Annual statistical returns and brief notes on vaccination in Bengal - 1887-1898
Year: 1887
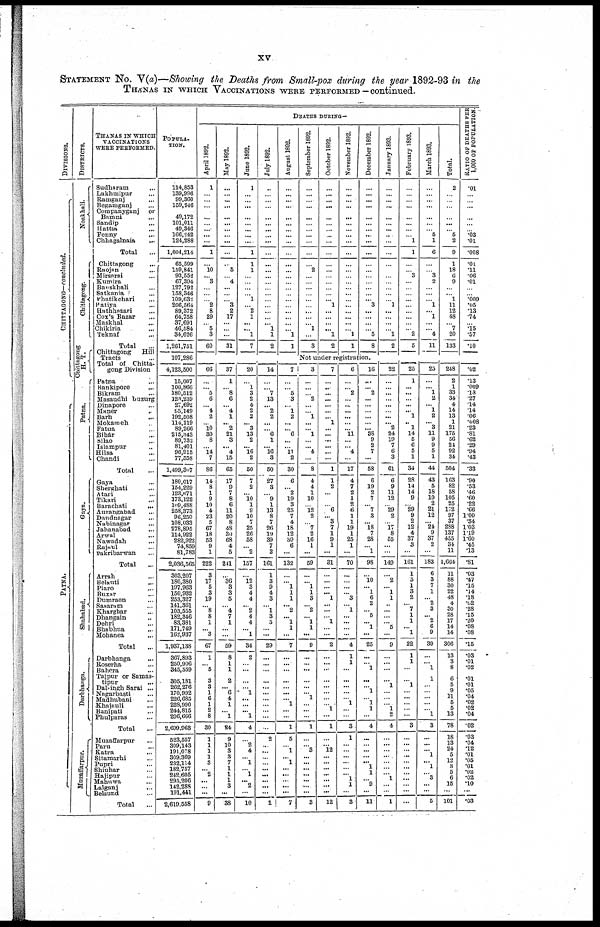
xv
STATEMENT No. V(a)—Showing the Deaths from Small-pox during the year 1892-93 in the
THANAS IN WHICH VACCINATIONS WERE PERFORMED—continued.
DIVISIONS.
CHITTAGONG—concluded.
PATNA.
DISTRICTS.
Noakhali.
Chittagong.
Chittagong
H. T.
Patna.
Gaya.
Shahabad.
Darbhanga.
Muzaffarpur.
THANAS IN WHICH
VACCINATIONS
WERE PERFORMED.
Sudharam ...
Lakhmipur ...
Ramganj ...
Begamganj ...
Companyganj
or
Bamni ...
Sandip ...
Hattia ...
Fenny
...
Chhagalnaia
...
Total
...
Chittagong
...
Raojan ...
Mirsarai ...
Kumira ...
Banskhali ...
Satkania ...
Phatikchari ...
Patiya
...
Hathhazari
...
Cox's Bazar
...
Maskhal ...
Chikiria ...
Teknaf ...
Total ...
Chittagong
Hill
Tracts ...
Total of Chitta-
gong Division
Patna ...
Bankipore ...
Bikram ...
Masaudhi buzurg
Dinapore ...
Maner ...
Barh ...
Mokameh ...
Fatua ...
Bihar ...
Silao ...
Islampur ...
Hilsa
...
Chandi ...
Total ...
Gaya ...
Sherghati ...
Atari ...
Tikari ...
Barachati
...
Aurangabad ...
Dandnagar ...
Nabinagar ...
Jahanabad
...
Arwal ...
Nawadah ...
Rajaul ...
Pakribarwan ...
Total
...
Arrah ...
Belauti ...
Piaro
...
Buxar ...
Dumraon ...
Sasaram ...
Kharghar ...
Dhangain ...
Dehri ...
Bhabhua ...
Mohanea ...
Total ...
Darbhanga
...
Roserha ...
Bahera ...
Taipur or Samas¬
tipur ...
Dalsingh Sarai ...
Nngarbasti ...
Madhubani ...
Khajauli ...
Banipati ...
Phulparas ...
Total ...
Muzaffarpur
...
Paru ...
Katra
...
Sitamarhi ...
Pupri ...
Shiuhar ...
Hajipur ...
Mahuwa ...
Lalganj ...
Belsund ...
Total ...
POPULA¬
TION.
114,853
139,996
99,360
159,946
49,172
101,011
49,346
166,242
124,288
1,004,214
65,599
159,841
93,552
67,394
127,792
158,346
109,632
206,564
89,372
64,758
37,691
46,584
34,626
1,261,751
107,280
4,123,500
15,007
100,866
180,512
123,239
27,692
65,149
192,508
114,119
89,266
215,343
89,732
81,401
96,915
77,558
1,499,307
180,017
154,229
123,671
173,122
109,488
258,373
96,250
108,033
278,895
114,922
282,923
74,859
81,783
2,036,565
303,207
186,380
197,963
150,932
253,327
141,361
103,555
182,346
83,381
171,749
162,937
1,937,138
307,893
250,906
345,559
305,181
262,276
170,992
226,685
228,990
244,815
296,666
2,699,963
523,557
309,143
191,078
309,369
232,114
182,757
242,605
295,206
142,288
191,441
2,619,558
DEATHS DURING—
April 1892.
1
...
...
...
...
...
...
...
...
1
...
10
... 3
...
...
...
2
8
29
...
5
3
60
66
...
... 5
6
... 4
2
... 10
30
8
... 14
7
86
14
8
1
9
10
4
23
5
67
18
53
9
1
222
3
17
5
3
19
... 8
8
1
... 3
67
1
... 5
3
3
1
6
1
2
8
30
1
1
1
1
3
... 2
...
...
...
9
May 1892.
...
...
...
...
...
...
...
...
...
...
...
5
...
4
...
...
... 3
2
17
...
...
...
31
37
1
... 8
6
... 4
1
... 2
21
3
... 4
15
65
17
9
7
8
6
11
20
8
48
30
68
4
5
241
...
36
3
3
5
... 4
7
1
...
...
59
8
1
1
2
... 6
4
1
... 1
24
9
10
3
3
7
1
1
1
3
...
38
June 1892.
1
...
...
...
...
...
...
...
...
1
1
1
...
...
... ...
1
...
2
1
...
... 1
7
20
...
1
3
2
4
2
2
... 3
13
2
... 16
2
50
7
2
... 10
1
9
10
7
25
26
58
... 2
157
...
12
3
4
4
... 2
4
4
... 1
34
2
...
...
...
... 1
...
...
... 1
4
...
2
4
... 1
... 1
... 2
...
10
July 1892.
...
...
...
...
...
...
...
...
...
...
...
...
...
...
...
...
...
...
...
...
... 1
1
2
14
...
... 7
13
... 2
2
...
... 6
1
... 16
3
50
27
3
... 9
1
13
8
7
26
19
39
7
2
161
1
3
9
4
3
... 1
3
5
...
...
29
...
...
...
...
...
...
...
...
...
...
...
2
...
...
...
...
...
...
...
...
...
2
August 1892.
...
...
...
...
...
...
...
...
...
...
...
...
...
...
...
...
...
...
...
...
...
...
1
1
7
...
... 5
3
... 1
2
...
... 6
...
... 11
2
30
6
... 2
19
3
25
7
4
18
12
30
6
...
132
...
... 1
1
1
... 2
... 1
1
...
7
...
...
...
...
...
...
... 1
...
...
1
5
... 1
... 1
...
...
...
...
...
7
September 1892.
...
...
...
...
...
...
...
...
...
...
...
2
...
...
...
...
...
...
...
...
... 1
...
3
October 1892.
...
...
...
...
...
...
...
...
...
...
...
...
...
...
...
...
...
1
...
...
...
... 1
2
November 1892.
...
...
...
...
...
...
...
...
...
...
...
...
...
...
...
...
...
...
...
...
...
...
1
1
December 1892.
...
...
...
...
...
...
...
...
...
...
...
...
...
...
...
...
... 3
...
...
...
...
5
8
Not under registration.
3
...
...
... 2
...
... 1
...
... 1
...
... 4
...
8
4
4
1
10
... 12
2
... 7
2
16
1
...
59
...
... 1
1
3
... 2
... 1
1
...
9
...
...
...
...
...
... 1
...
...
...
1
...
... 8
...
...
...
...
...
...
...
3
7
...
...
...
...
...
...
... 1
...
...
...
...
...
...
1
1
2
...
...
... 6
... 3
7
1
9
1
...
31
...
...
...
... 1
...
...
... 1
...
...
2
...
...
...
...
...
...
...
... 1
...
1
...
... 12
...
...
...
...
...
...
...
12
6
...
... 2
... ...
...
...
...
... 11
...
... 4
...
17
4
7
2
1
2
6
1
1
19
1
25
1
...
70
...
...
...
... 3
... 1
...
...
...
...
4
1
1
...
...
...
...
... 1
...
...
3
1
...
...
...
...
...
... 1
1
...
3
16
...
... 2
...
...
...
...
...
... 38
9
2
7
...
58
6
19
2
7
... 7
3
... 18
7
28
... 1
98
...
10
... 1
6
2
... 5
... 1
...
25
...
... 1
...
...
...
... 1
1
...
4
...
...
...
...
... 1
1
...
...
...
11
January 1803.
...
...
...
...
...
...
...
...
...
...
...
...
...
...
...
...
...
1
...
...
...
1
2
22
...
...
...
...
...
...
... 2
24
19
7
6
3
61
6
9
11
12
... 29
2
... 17
8
55
...
...
149
...
2
... 1
1
...
...
...
... 5
...
9
...
...
...
...
1
...
...
... 1
...
4
...
...
...
...
...
...
... 1
...
...
1
February 1893.
...
...
...
...
...
...
...
...
1
1
...
...
3
...
...
...
...
...
...
...
...
...
2
5
25
1
...
...
...
...
... 1
... 1
14
5
6
5
1
34
28
14
14
9
... 29
9
2
12
4
37
3
...
161
1
5
1
3
2
... 7
1
1
... 1
22
1
1
...
...
1
...
...
...
...
...
3
...
...
...
...
...
...
...
...
...
...
...
March 1893.
...
...
...
...
...
...
...
5
1
6
...
...
3
2
...
...
...
1
...
1
...
...
4
11
25
...
... 1
2
... 1
2
... 3
11
9
9
5
1
44
43
5
18
10
2
21
12
... 24
9
37
2
...
183
6
3
7
1
... 2
3
... 2
6
9
39
...
...
...
1
...
...
...
...
...
...
3
...
...
...
...
... 1
...
...
...
... 5
Total.
2
...
...
...
...
...
...
5
2
9
1
18
6
9
...
...
1
11
12
48
...
7
20
133
248
2
1
33
34
4
14
13
1
21
175
56
24
92
34
504
163
82
58
105
25
172
97
37
288
137
455
34
11
1,664
11
88
30
22
48
4
30
28
17
14
14
306
13
3
8
6
...
...
...
...
...
...
78
18
13
24 5
12
8
5
6
15
... 101
RATIO OF DEATHS PER
1,000 OF POPULATION.
.01
...
...
...
...
...
...
.03
.01
.008
.01
.11
.06
.01
...
...
.009
.05
.13
.74
...
.15
.57
.10
.02
.13
.009
.18
.27
.14
.14
.06
.008
.23
.81
.62
.29
.94
.43
.33
.90
.53
.46
.60
.22
.06
1.00
.34
1.03
1.19
1.60
.45
.13
.81
.03
.47
.15
.14
.18
.02
.28
.15
.20
.08
.08
.15
.03
.01
.02
.01
.01
.05
.04 .02
.02
.04
.02
.03
.04
.12
.01 .05
.01
.02 .02
.10
... .03